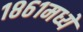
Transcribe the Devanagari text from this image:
१८६१मध्ये